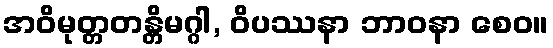
အဝိမုတ္တတန္တိမဂ္ဂါ, ဝိပဿနာ ဘာဝနာ စေဝ။